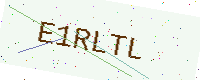
Text: E1RLTL